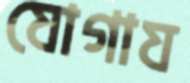
যোগায